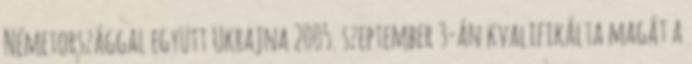
Németországgal együtt Ukrajna 2005. szeptember 3-án kvalifikálta magát a